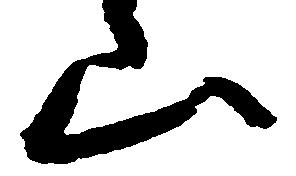
山